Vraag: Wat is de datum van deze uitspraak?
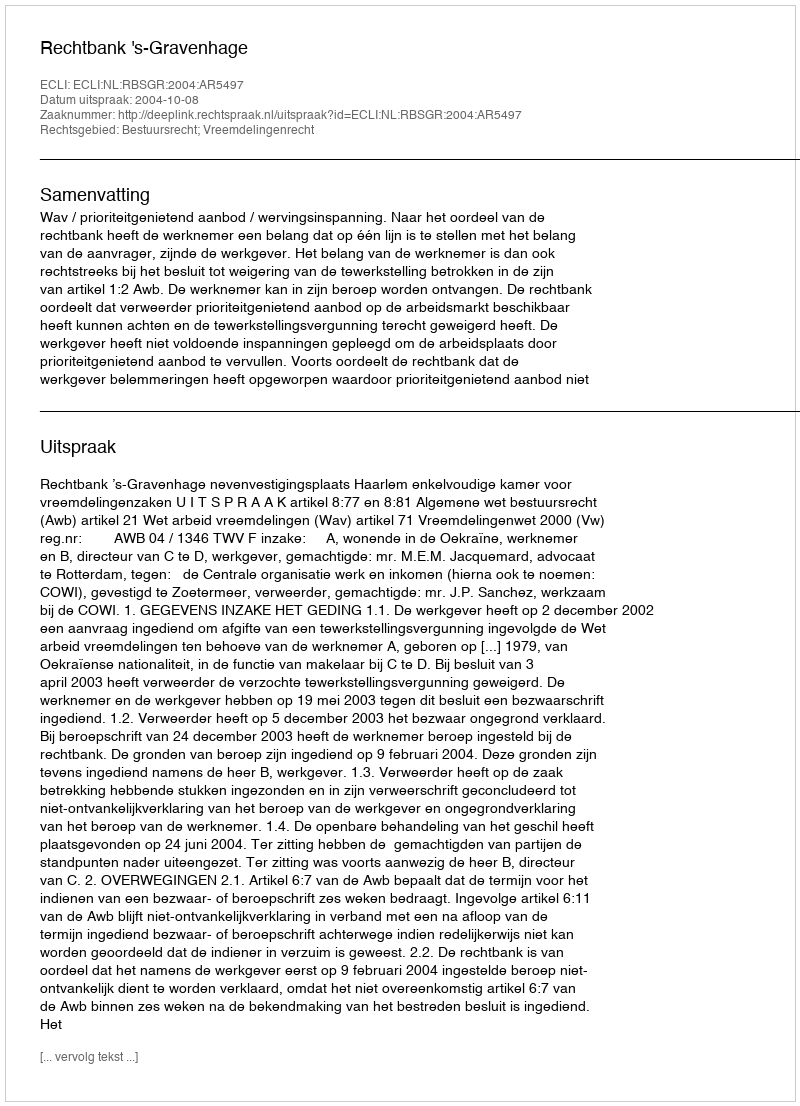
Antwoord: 2004-10-08